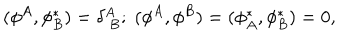
( \phi ^ { A } , \phi _ { B } ^ { * } ) = \delta _ { \ B } ^ { A } ; \; ( \phi ^ { A } , \phi ^ { B } ) = ( \phi _ { A } ^ { * } , \phi _ { B } ^ { * } ) = 0 ,